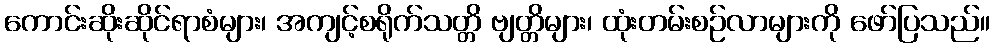
ကောင်းဆိုးဆိုင်ရာစံများ၊ အကျင့်စရိုက်သတ္တိ ဗျတ္တိများ၊ ထုံးတမ်းစဉ်လာများကို ဖော်ပြသည်။